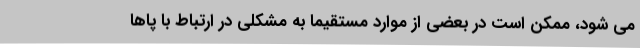
می شود، ممکن است در بعضی از موارد مستقیما به مشکلی در ارتباط با پاها